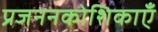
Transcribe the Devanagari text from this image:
प्रजननकोशिकाएँ